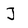
Character: J